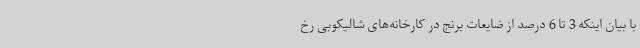
با بیان اینکه 3 تا 6 درصد از ضایعات برنج در کارخانه‌های شالیکوبی رخ